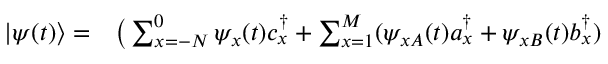
\begin{array} { r l } { | \psi ( t ) \rangle = } & { { } \big ( \sum _ { x = - N } ^ { 0 } \psi _ { x } ( t ) c _ { x } ^ { \dagger } + \sum _ { x = 1 } ^ { M } ( \psi _ { x A } ( t ) a _ { x } ^ { \dagger } + \psi _ { x B } ( t ) b _ { x } ^ { \dagger } ) } \end{array}